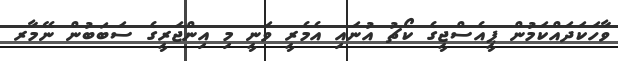
ވާހަކަދައްކަމުން ޕީއެސްޖީގެ ކޯޗު އުނައި އެމެރީ ވަނީ މި އިންޖަރީގެ ސަބަބުން ނޭމާރ